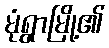
မုံရွာမြို့၏